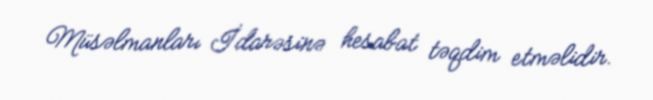
Müsəlmanları İdarəsinə hesabat təqdim etməlidir.